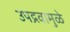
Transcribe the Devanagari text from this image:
उपद्रवामुळे